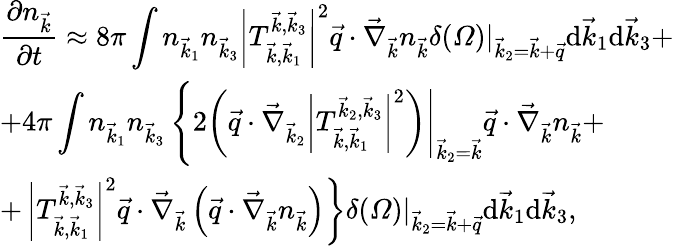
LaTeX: \begin{array}{l}{\displaystyle\frac{\partial n_{\vec{k}}}{\partial t}\approx 8\pi\int n_{\vec{k}_{1}}n_{\vec{k}_{3}}\left|T_{\vec{k},\vec{k}_{1}}^{\vec{k},\vec{k}_{3}}\right|^{2}\vec{q}\cdot\vec{\nabla}_{\vec{k}}n_{\vec{k}}\left.\delta(\varOmega)\right|_{\vec{k}_{2}=\vec{k}+\vec{q}}\mathrm d\vec{k}_{1}\mathrm d\vec{k}_{3}+}\\ {\displaystyle+4\pi\int n_{\vec{k}_{1}}n_{\vec{k}_{3}}\left\{ 2\left.\left(\vec{q}\cdot\vec{\nabla}_{\vec{k}_{2}}\left|T_{\vec{k},\vec{k}_{1}}^{\vec{k}_{2},\vec{k}_{3}}\right|^{2}\right)\right|_{\vec{k}_{2}=\vec{k}}\vec{q}\cdot\vec{\nabla}_{\vec{k}}n_{\vec{k}}+\right.}\\ {+\left.\left|T_{\vec{k},\vec{k}_{1}}^{\vec{k},\vec{k}_{3}}\right|^{2}\vec{q}\cdot\vec{\nabla}_{\vec{k}}\left(\vec{q}\cdot\vec{\nabla}_{\vec{k}}n_{\vec{k}}\right)\right\} \left.\delta(\varOmega)\right|_{\vec{k}_{2}=\vec{k}+\vec{q}}\mathrm d\vec{k}_{1}\mathrm d\vec{k}_{3},}\end{array}